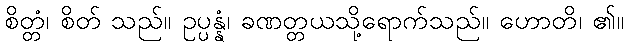
စိတ္တံ၊ စိတ် သည်။ ဥပ္ပန္နံ၊ ခဏတ္တယသို့ရောက်သည်။ ဟောတိ၊ ၏။